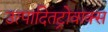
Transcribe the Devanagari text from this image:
उत्पादितट्रोवाक्स